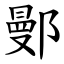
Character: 鄤